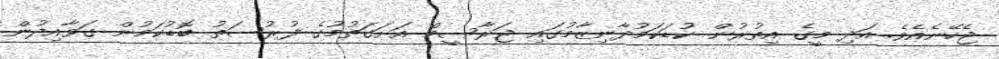
ޖެހޭނެއެވެ. އަދި މީގެ އިތުރުން ކުޑަކަމުދާނިޒާމުގައި ޖަރާސީމް އަށަގަތުމުގެ ފުރުސަތު ބޮޑުކަމުން ގަވާއިދުން